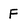
Character: F